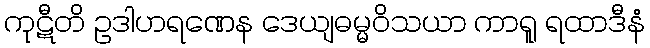
ကုဋီတိ ဥဒါဟရဏေန ဒေယျဓမ္မဝိသယာ ကာရူ ရထာဒီနံ